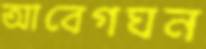
আবেগঘন